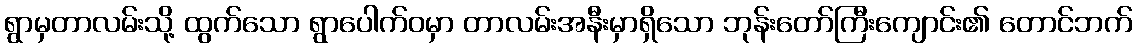
ရွာမှတာလမ်းသို့ ထွက်သော ရွာပေါက်ဝမှာ တာလမ်းအနီးမှာရှိသော ဘုန်းတော်ကြီးကျောင်း၏ တောင်ဘက်